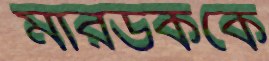
মারডককে